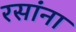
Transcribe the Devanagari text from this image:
रसांना